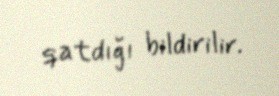
qatdığı bildirilir.